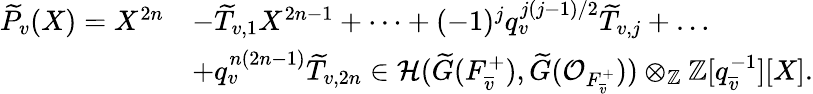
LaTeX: \begin{array}{rl}{\widetilde{P}_{v}(X)=X^{2n}}&{-\widetilde{T}_{v,1}X^{2n-1}+\dots+(-1)^{j}q_{v}^{j(j-1)/2}\widetilde{T}_{v,j}+\dots}\\ &{+q_{v}^{n(2n-1)}\widetilde{T}_{v,2n}\in{\mathcal H}(\widetilde{G}(F_{\overline{{v}}}^{+}),\widetilde{G}({\mathcal O}_{F_{\overline{{v}}}^{+}}))\otimes_{\mathbb Z}{\mathbb Z}[q_{\overline{{v}}}^{-1}][X].}\end{array}